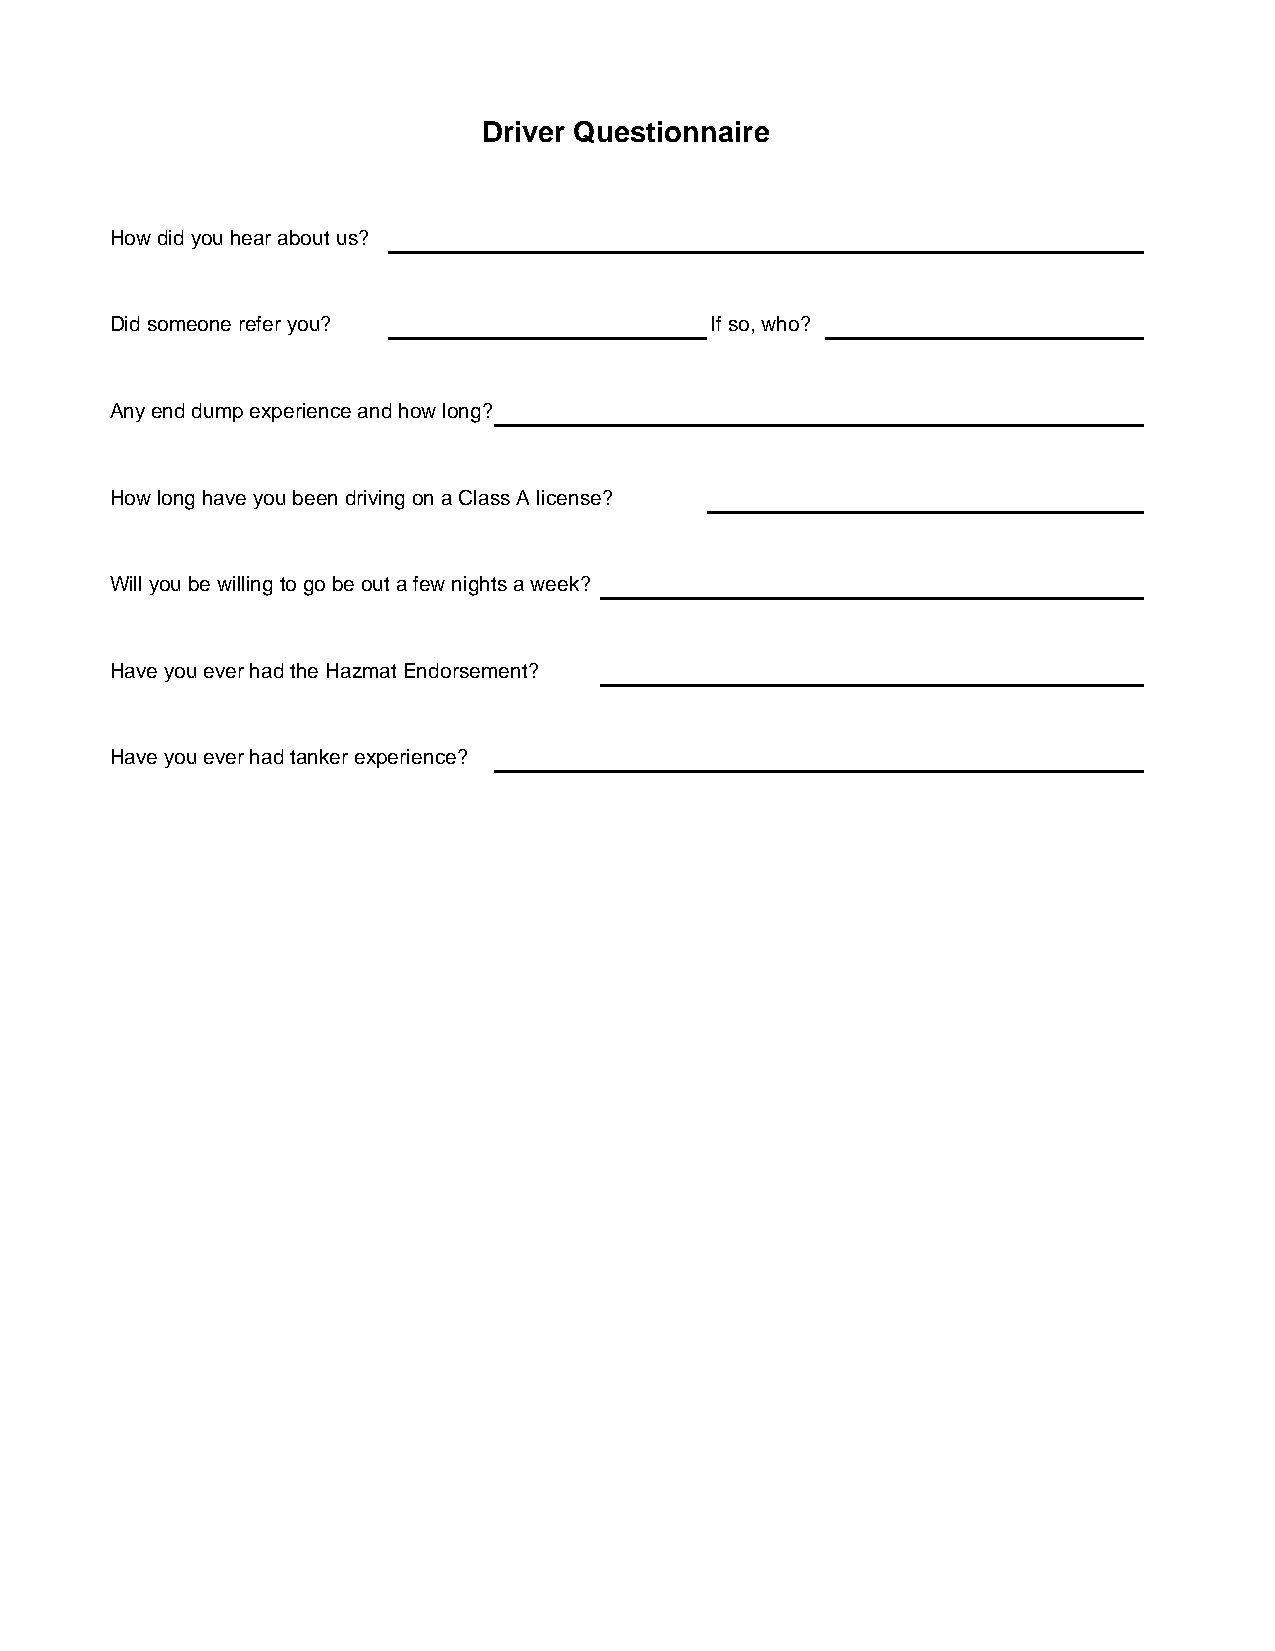
Driver Questionnaire
 How did you hear about us?
 Did someone refer you?                  If so, who?
 Any end dump experience and how long?
 How long have you been driving on a Class A license?
 Will you be willing to go be out a few nights a week?
 Have you ever had the Hazmat Endorsement?
 Have you ever had tanker experience?